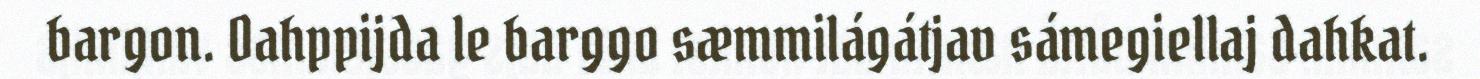
bargon. Oahppijda le barggo sæmmilágátjav sámegiellaj dahkat.